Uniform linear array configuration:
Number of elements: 16
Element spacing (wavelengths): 1
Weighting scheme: binomial
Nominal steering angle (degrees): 0
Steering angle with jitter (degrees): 1.59
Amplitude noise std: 0.05
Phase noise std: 0.05

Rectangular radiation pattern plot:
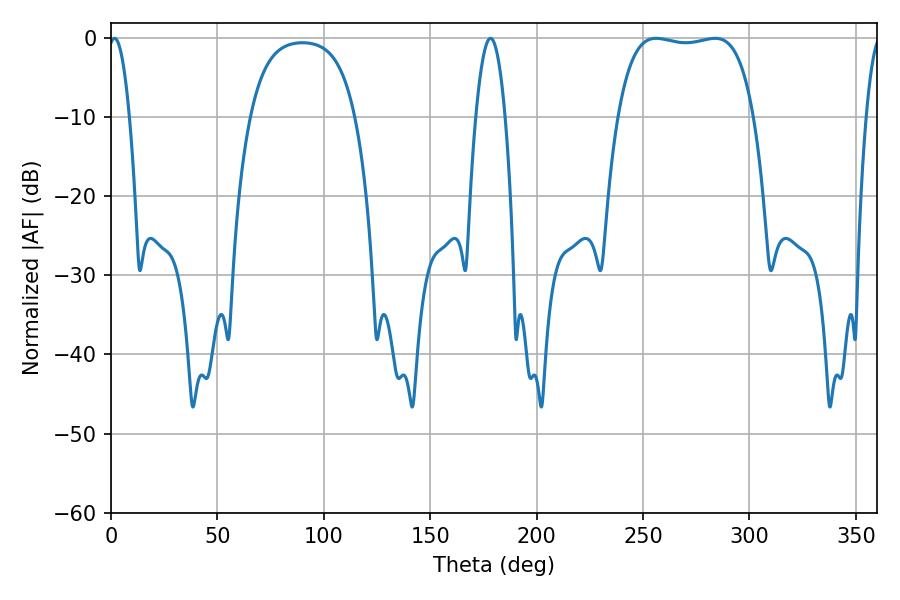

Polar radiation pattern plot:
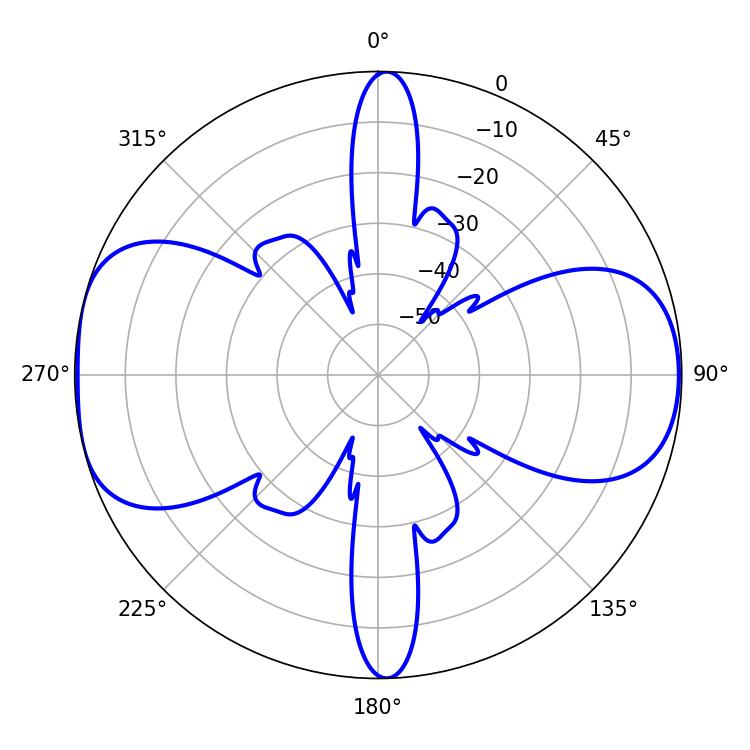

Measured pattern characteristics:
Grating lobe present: TRUE
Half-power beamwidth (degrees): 50.76
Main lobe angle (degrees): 256.14